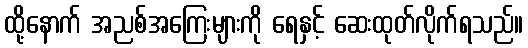
ထို့နောက် အညစ်အကြေးများကို ရေနှင့် ဆေးထုတ်လိုက်ရသည်။